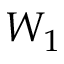
W _ { 1 }